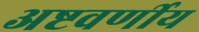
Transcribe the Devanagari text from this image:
अष्टवर्णीय